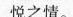
悦之情。